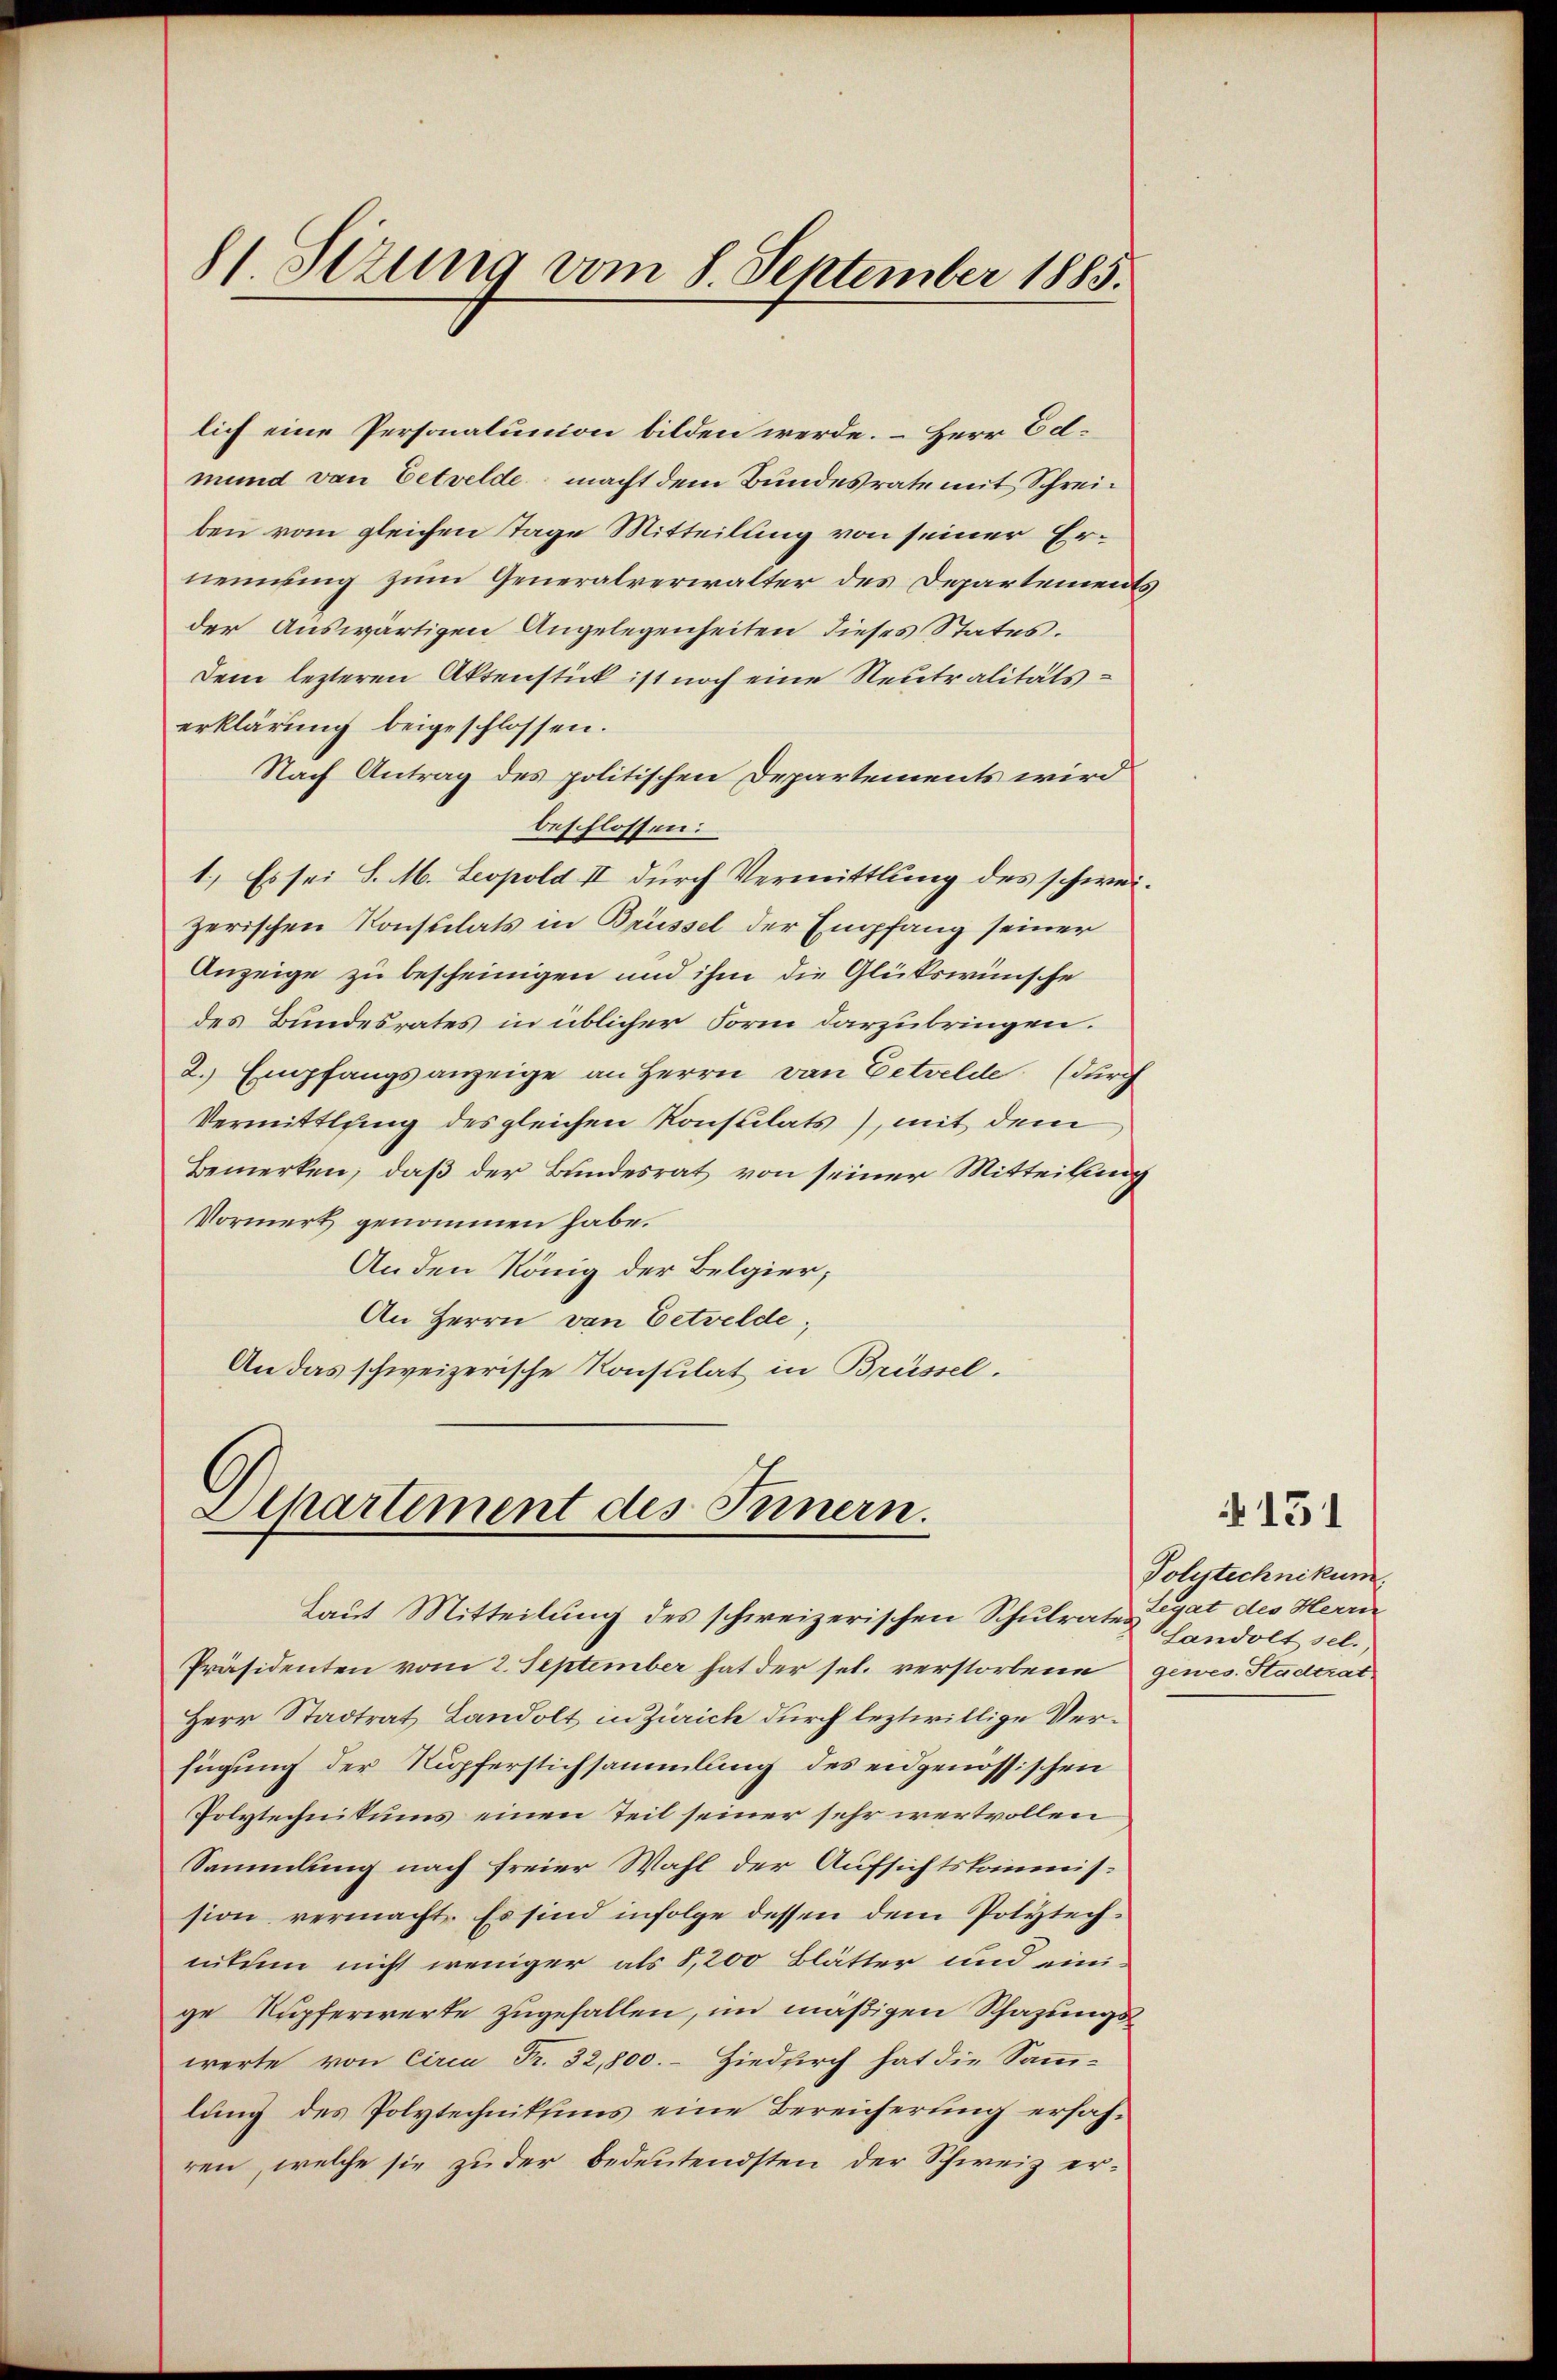
81. Sitzung vom 8. September 1885.

lich eine Personalunion bilden werde. – Herr Ed.
mund von Eetvelde, macht dem Bundesrate mit Schreiben vom gleichen Tage Mitteilung von seiner Ernennung zum Generalverwalter des Departements
der Auswärtigen Angelegenheiten dieses Status.
Dem lezteren Aktenstück ist noch eine Neutralitätserklärung beigeschlossen.
Nach Antrag des politischen Departements wird
beschlossen:
1.) Es sei S. M. Leopold II durch Vermittlung des schweizerischen Konsulats in Brüssel der Empfang seiner
Anzeige zu bescheinigen und ihm die Glükswünsche
des Bundesrates in üblicher Form darzubringen.
2. Empfangsanzeige an Herrn von Eetwelde (durch
Vermittlung des gleichen Konsulats), mit dem
Bemerken, daß der Bundesrat von seiner Mitteilung
Vormerk genommen habe.
An den König der Belgier,
An Herrn von Eetvelde,
An das schweizerische Konsulat in Brüssel.

Aipartement des Innern.

Präsidenten vom 2. September hat der sel. verstorbene gewes. Stadtrat
Herr Stadtrat Landolt in Zürich durch leztwillige Verfügung der Nupferstichsammlung des eidgenössischen
Polytechnikums einen Teil seiner sehr wertvollen
Sammlung nach freier Wahl der Aufsichtskommission vermacht. Es sind infolge dessen dem Polytechnitum nicht weniger als 8,200 Blätter und einige Kupferwerte zugefallen, im mäßigen Schazungswerte von Circa Fr. 32,800.- Hiedurch hat die Sammlung des Polytechnikums eine Bereicherung erfahren, welche sie zu der bedeutendsten der Schweiz er¬

Laut Mitteilung des schweizerischen Schulrate Legat des Herrn

Polytechnikum
Sandolt sel.,

151